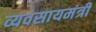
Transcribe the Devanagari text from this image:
व्यवसायमंत्री